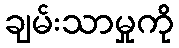
ချမ်းသာမှုကို